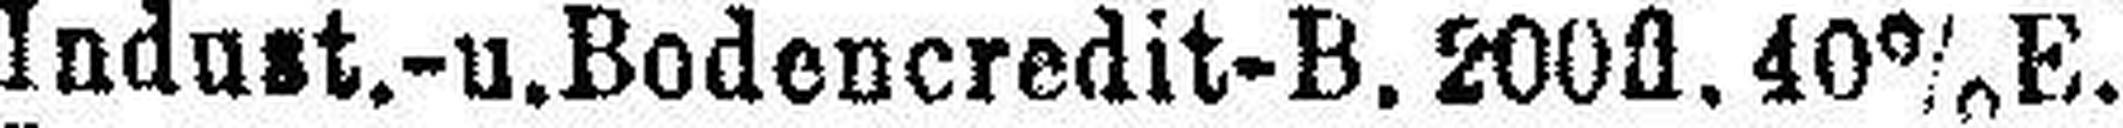
Indust.- u. Bodencredit-B. 200fl. 40% E.